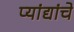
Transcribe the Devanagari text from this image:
प्यांद्यांचे